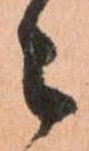
々